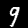
Label: 9